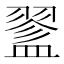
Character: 𥂔